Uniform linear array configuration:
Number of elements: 24
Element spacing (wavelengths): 0.25
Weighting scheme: exponential
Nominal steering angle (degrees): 60
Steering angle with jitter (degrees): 59.226
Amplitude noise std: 0.05
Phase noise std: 0.05

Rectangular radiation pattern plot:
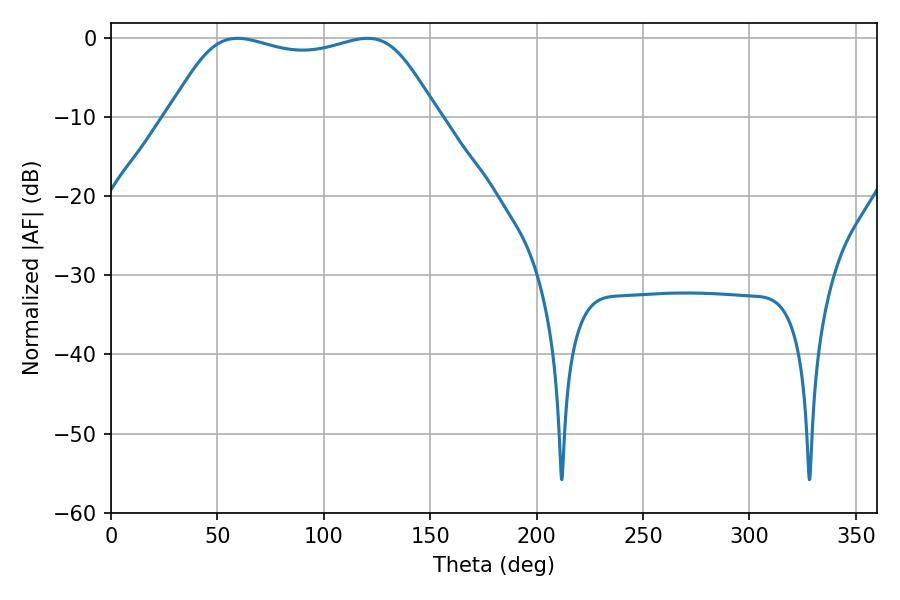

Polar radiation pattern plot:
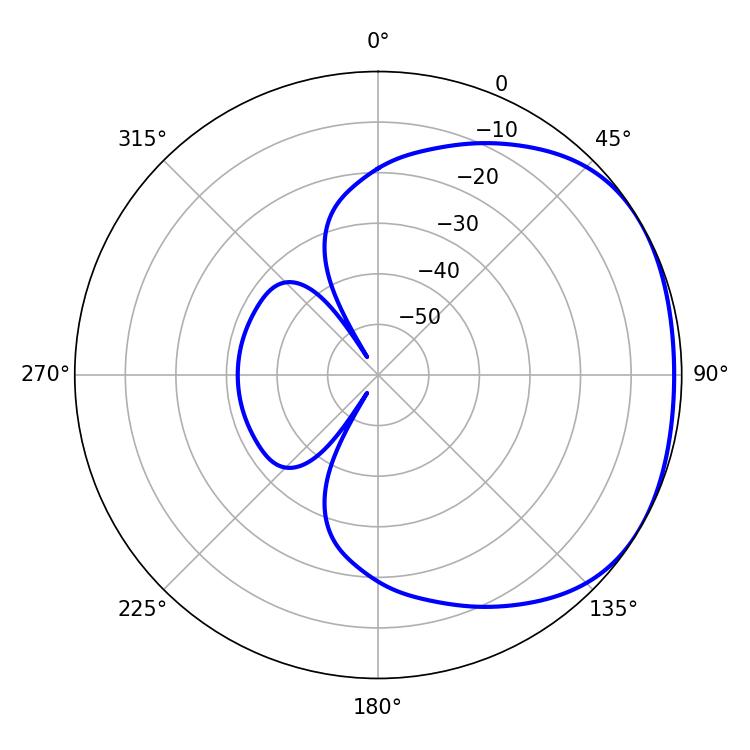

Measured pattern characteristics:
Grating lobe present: FALSE
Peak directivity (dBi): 1.713
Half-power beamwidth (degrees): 97.56
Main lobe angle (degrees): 59.4